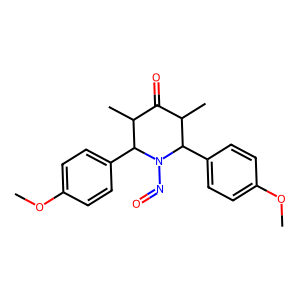
SMILES: COc1ccc(C2C(C)C(=O)C(C)C(c3ccc(OC)cc3)N2N=O)cc1
Inhibits HIV replication: No